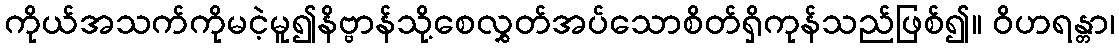
ကိုယ်အသက်ကိုမငဲ့မူ၍နိဗ္ဗာန်သို့စေလွှတ်အပ်သောစိတ်ရှိကုန်သည်ဖြစ်၍။ ဝိဟရန္တာ၊